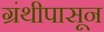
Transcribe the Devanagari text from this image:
ग्रंथीपासून